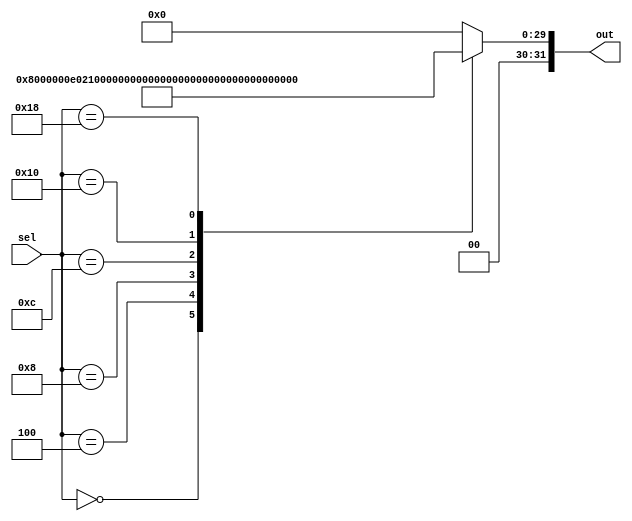
//   -   ,     
//  out       sel
//   sel   ,    
//   - 32 ,       MIPS
//   -   ,        
module instruction_memory
  ( input [31:0] sel,
    output reg [31:0] out
  );
  
  parameter OP_R = 6'b000000;
  parameter OP_ADDI = 6'b001000;
  parameter OP_BEQ = 6'b000100;
  parameter OP_BNE = 6'b000101;
  parameter OP_LW = 6'b100011;
  parameter OP_SW = 6'b101011;
  parameter OP_J = 6'b000010;
  
  parameter OPR_ADD = 6'b100000;
  parameter OPR_SUB = 6'b100010;
  
  parameter R00 = 5'd0;
  parameter R01 = 5'd1;
  parameter R02 = 5'd2;
  parameter R03 = 5'd3;
  parameter R04 = 5'd4;
  parameter R05 = 5'd5;
  parameter R06 = 5'd6;
  parameter R07 = 5'd7;
  parameter R08 = 5'd8;
  parameter R09 = 5'd9;
  parameter R10 = 5'd10;
  parameter R11 = 5'd11;
  parameter R12 = 5'd12;
  parameter R13 = 5'd13;
  parameter R14 = 5'd14;
  parameter R15 = 5'd15;
  parameter R16 = 5'd16;
  parameter R17 = 5'd17;
  parameter R18 = 5'd18;
  parameter R19 = 5'd19;
  parameter R20 = 5'd20;
  parameter R21 = 5'd21;
  parameter R22 = 5'd22;
  parameter R23 = 5'd23;
  parameter R24 = 5'd24;
  parameter R25 = 5'd25;
  parameter R26 = 5'd26;
  parameter R27 = 5'd27;
  parameter R28 = 5'd28;
  parameter R29 = 5'd29;
  parameter R30 = 5'd30;
  parameter R31 = 5'd31;
  
  parameter ZERO_SHAMT = 5'b00000;
  
  always @(sel)
  case(sel)
    32'd0 : out = {OP_ADDI, R00, R00, 16'd3}; // $0 = $0 + 3
    32'd4 : out = {OP_ADDI, R01, R01, 16'd4}; // $1 = $1 + 4
    32'd8 : out = {OP_R, R00, R01, R02, ZERO_SHAMT, OPR_ADD}; // $2 = $1 + $0
    32'd12 : out = {OP_R, R00, R01, R03, ZERO_SHAMT, OPR_ADD}; // $3 = $1 + $0
    32'd16 : out = {OP_J, 26'd6}; //jump to address 6 x 4 = 24 instruction
    32'd24 : out = {OP_BEQ, R02, R03, -16'd3}; // if($2 == $3) jump to (24 + 4 + 4 * (-3)) = 16
    default: out = 0;
  endcase
endmodule